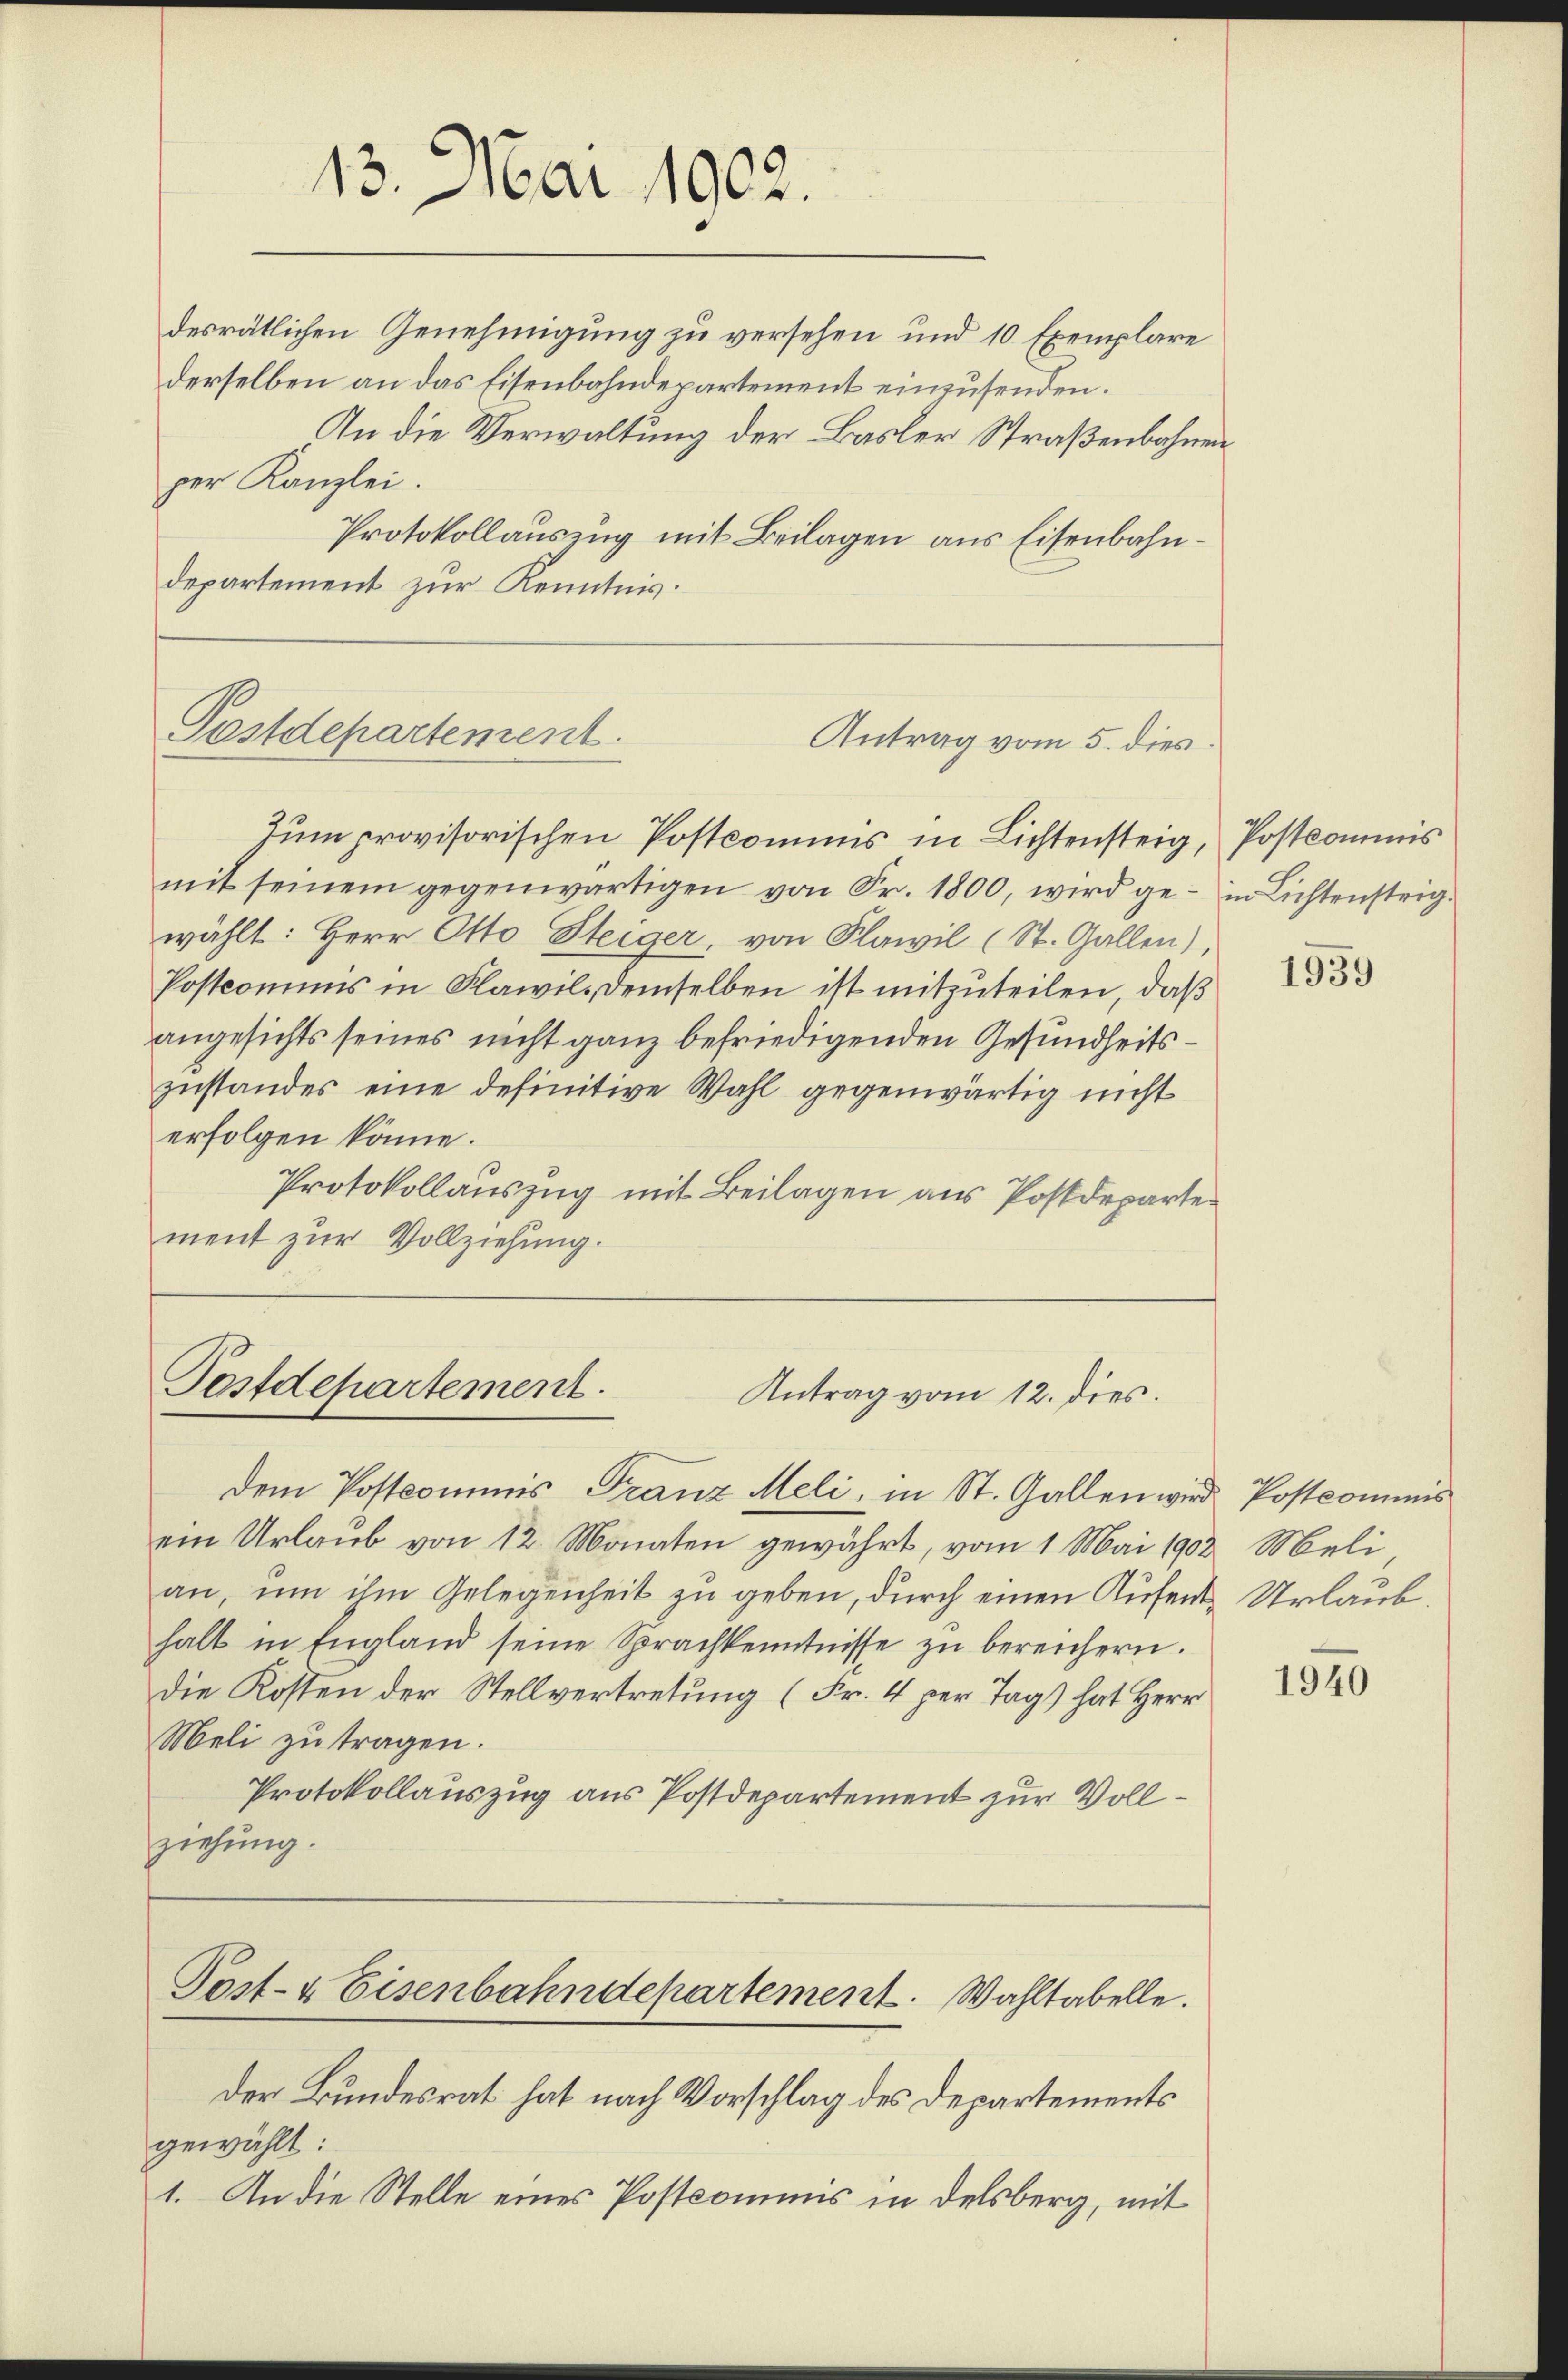
desrätlichen Genehmigung zu versehen und 10 Exemplare
derselben an das Eisenbahndepartement einzusenden.
In die Verwaltung der Basler Straßenbahnen
per Kanzlei.
Protokollauszug mit Beilagen aus Eisenbahndepartement zur Kenntnis.

13. Mai 1902.

Postdepartement
Antrag vom 5. dies
Zum provisorischen Postcommis in Lichtensteig, Postkommis

Postdepartement.

Antrag vom 12. dies.

Dem Postcommis Franz Meli, in St. Gallen wird Postcommis
ein Urlaub von 12 Monaten gewährt, vom 1. Mai 1903. Meli
an, um ihm Gelegenheit zu geben, durch einen Aufent- Urlaub
halt in England seine Sprachkenntnisse zŭ bereichern.
die Kosten der Stellvertretung (Fr. 4 per Tag) hat Herr
Meli zu tragen.
Protokollauszug aus Postdepartement zur Vollziehung.

Post- & Eisenbahndepartement. Wahltabelle.

mit seinem gegenwärtigen von Fr. 1800, wird ge- in Lichtensteigwählt: Herr Otto Steiger, von Flawil (St. Gallen),
Postcomuns in Flawil, demselben ist mitzuteilen, daß
angesichts seines nicht ganz befriedigenden Gesundheitszustandes eine definitive Wahl gegenwärtig nicht
erfolgen könne.
Protokollauszug mit Beilagen aus Postdeparte
ment zur Vollziehung.

der Bundesrat hat nach Vorschlag des Departements
gewählt:
1. An die Stelle eines Postkommnis in delsberg, mit

1939

1940